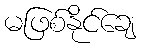
မဖြစ်နိုင်ချေ